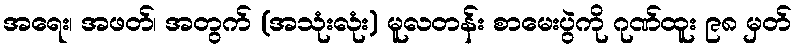
အရေး၊ အဖတ်၊ အတွက် (အသုံးလုံး) မူလတန်း စာမေးပွဲကို ဂုဏ်ထူး ၉၈ မှတ်